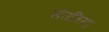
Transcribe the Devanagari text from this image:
संततियां